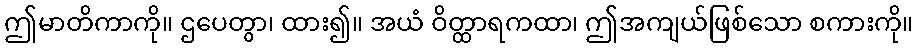
ဤမာတိကာကို။ ဌပေတွာ၊ ထား၍။ အယံ ဝိတ္ထာရကထာ၊ ဤအကျယ်ဖြစ်သော စကားကို။